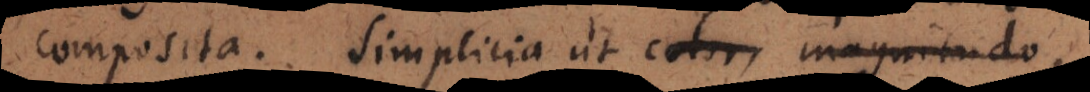
composita. Simplicia ut color, magnitudo,